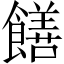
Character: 饍